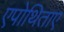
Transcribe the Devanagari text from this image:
एपोथिताए